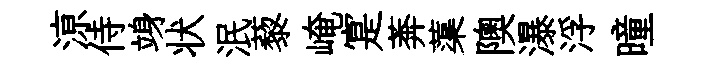
鿌侍竧状泯藜崦寔莾蕖隩瀑浮曈